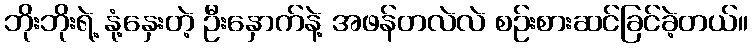
ဘိုးဘိုးရဲ့ နုံ့နှေးတဲ့ ဦးနှောက်နဲ့ အဖန်တလဲလဲ စဉ်းစားဆင်ခြင်ခဲ့တယ်။